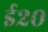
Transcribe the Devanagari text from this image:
ई२०